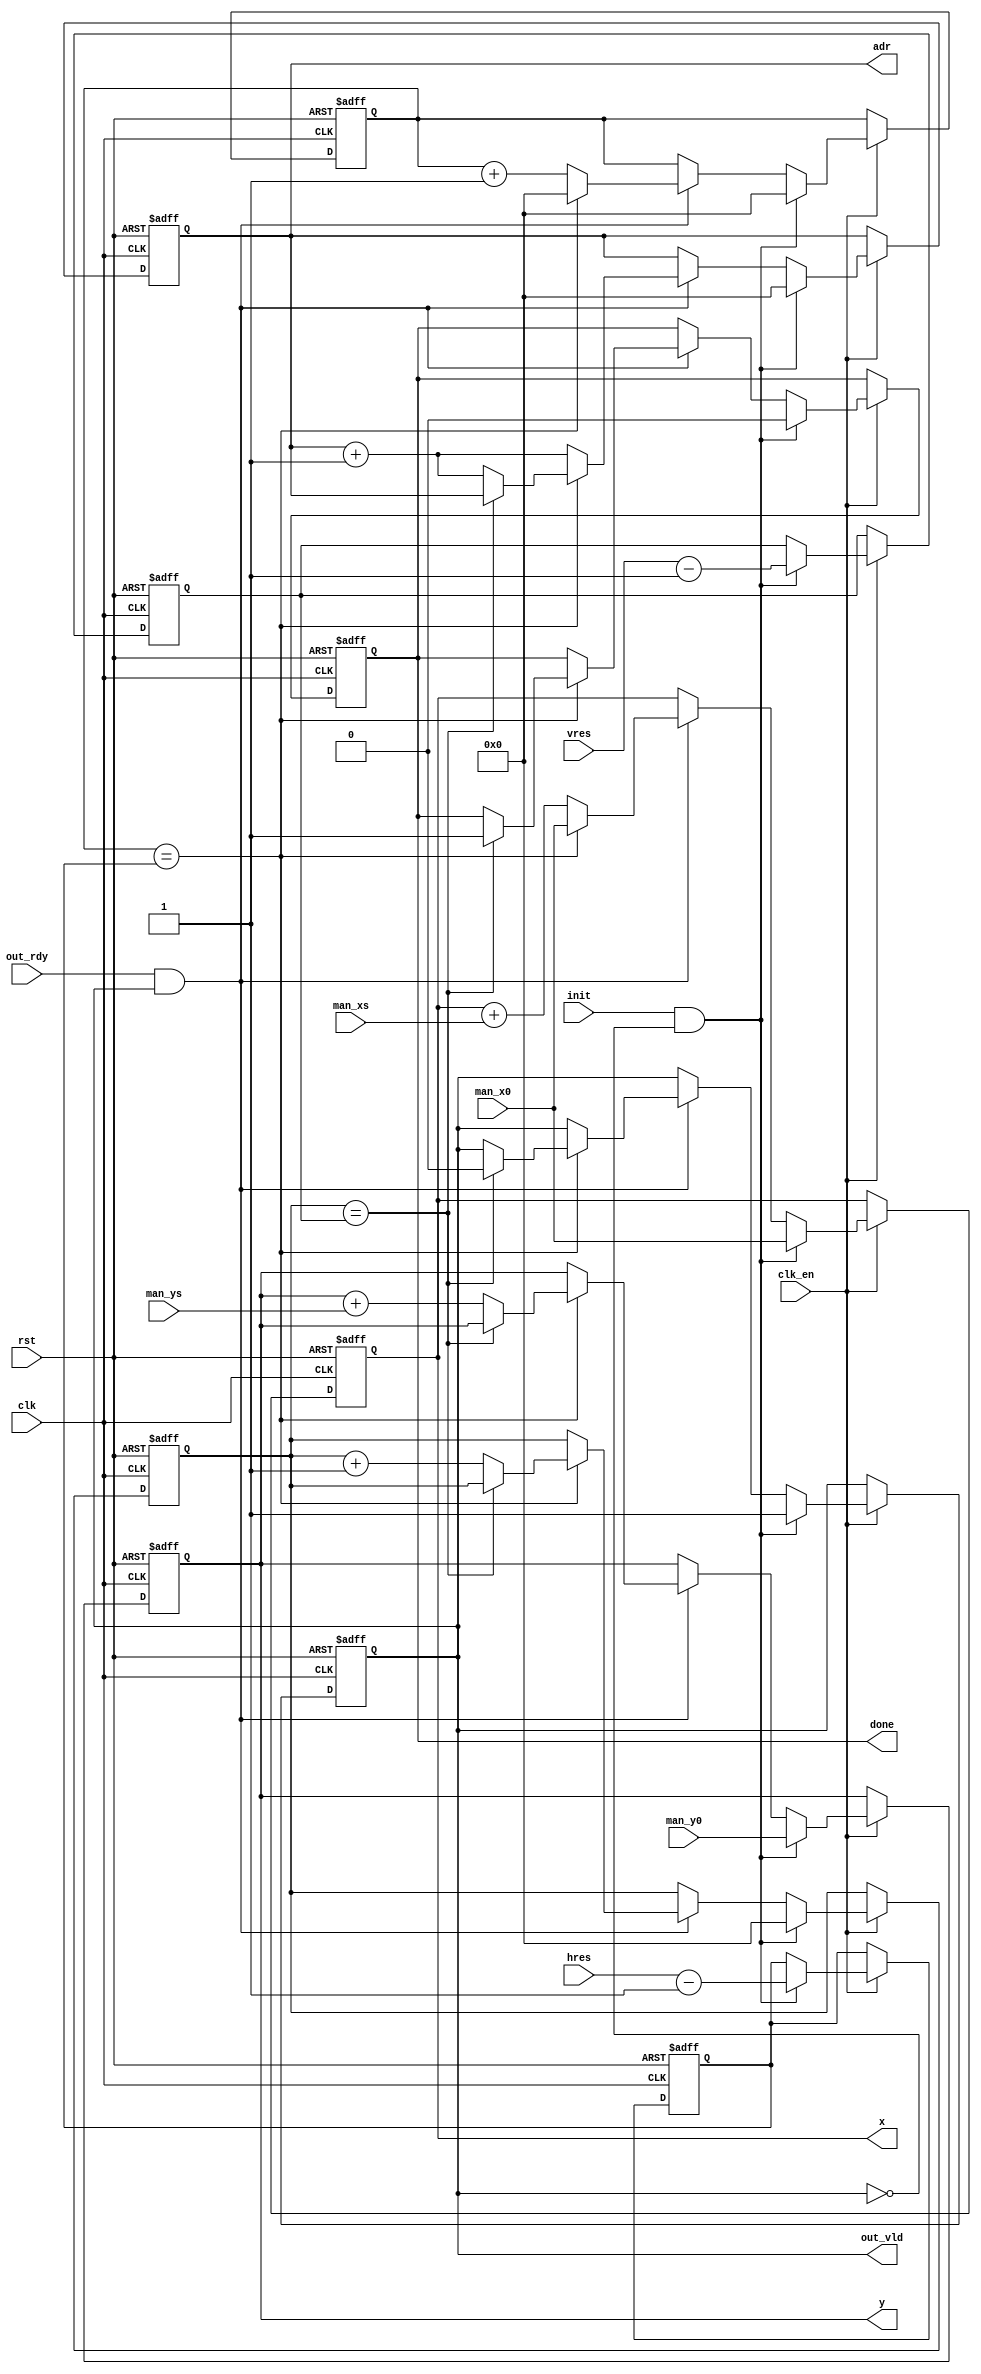
// mandelbrot_coors.v
// 2020, rok.krajnc@gmail.com


module mandelbrot_coords #(
  parameter CW    = 12,     // screen counter width
  parameter AW    = 12,     // address width
  parameter FPW   = 27      // fixed point size
)(
  // system
  input  wire                   clk,      // clock
  input  wire                   clk_en,   // clock enable
  input  wire                   rst,      // reset
  // control
  input  wire                   init,     // initialize coord engine
  output reg                    done,     // coord engine done
  // config
  input  wire        [  CW-1:0] hres,     // horizontal resolution
  input  wire        [  CW-1:0] vres,     // vertical resolution
  input  wire signed [ FPW-1:0] man_x0,   // leftmost Mandelbrot coordinate
  input  wire signed [ FPW-1:0] man_y0,   // uppermost Mandelbrot coordinate
  input  wire signed [ FPW-1:0] man_xs,   // Mandelbrot x step
  input  wire signed [ FPW-1:0] man_ys,   // Mandelbrot y step
  // output bus
  input  wire                   out_rdy,  // output ready to recieve (ack)
  output wire                   out_vld,  // output valid
  output wire        [ FPW-1:0] x,        // Mandelbrot x coordinate output
  output wire        [ FPW-1:0] y,        // Mandelbrot y coordinate output
  output wire        [  AW-1:0] adr       // Mandelbrot address output
);


//// fixed point params ////
localparam FP_S = 1;
localparam FP_I = 4;
localparam FP_F = FPW - FP_S - FP_I;


//// mandelbrot params ////

/*
// default
wire signed [54-1:0] man_x0 = 54'h3bd55555555556;
wire signed [54-1:0] man_y0 = 54'h3e000000000000;
wire signed [54-1:0] man_xs = 54'h0001b4e81b4e81;
wire signed [54-1:0] man_ys = 54'h0001b4e81b4e81;
*/

/*
// interesting point 1
wire signed [54-1:0] man_x0 = 54'h3fe8d62cccbd45;
wire signed [54-1:0] man_y0 = 54'h01f93ff3a4c1af;
wire signed [54-1:0] man_xs = 54'h000000000502c3;
wire signed [54-1:0] man_ys = 54'h000000000502c3;
*/


//// screen x/y counters /////
reg          [CW-1:0] cnt_x;
reg          [CW-1:0] cnt_y;
reg          [AW-1:0] cnt_adr;
reg                   cnt_en;
reg  signed [FPW-1:0] man_x;
reg  signed [FPW-1:0] man_y;
reg         [ CW-1:0] hres_r;
reg         [ CW-1:0] vres_r;


always @ (posedge clk, posedge rst) begin
  if (rst) begin
    done    <= #1 1'b1;
    cnt_x   <= #1 'd0;
    cnt_y   <= #1 'd0;
    cnt_adr <= #1 'd0;
    cnt_en  <= #1 1'b0;
    man_x   <= #1 'd0;
    man_y   <= #1 'd0;
    hres_r  <= #1 'd0;
    vres_r  <= #1 'd0;
  end else if (clk_en) begin
    if (init && !cnt_en) begin
      done    <= #1 1'b0;
      cnt_x   <= #1 'd0;
      cnt_y   <= #1 'd0;
      cnt_adr <= #1 'd0;
      cnt_en  <= #1 1'b1;
      man_x   <= #1 man_x0;
      man_y   <= #1 man_y0;
      hres_r  <= #1 hres - 'd1;
      vres_r  <= #1 vres - 'd1;
    end else if (out_rdy && cnt_en) begin
      if (cnt_x == hres_r) begin
        if (cnt_y == vres_r) begin
          cnt_en  <= #1 1'b0;
          done    <= #1 1'b1;
        end else begin
          cnt_y   <= #1 cnt_y +'d1;
          cnt_adr <= #1 cnt_adr +'d1;
          man_y   <= #1 man_y + man_ys;
        end
        cnt_x <= #1 'd0;
        man_x <= #1 man_x0;
      end else begin
        cnt_x   <= #1 cnt_x + 'd1;
        cnt_adr <= #1 cnt_adr + 'd1;
        man_x   <= #1 man_x + man_xs;
      end
    end
  end
end

assign x       = man_x;
assign y       = man_y;
assign adr     = cnt_adr;
assign out_vld = cnt_en;


endmodule